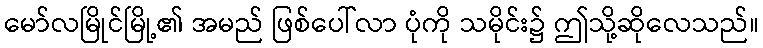
မော်လမြိုင်မြို့၏ အမည် ဖြစ်ပေါ်လာ ပုံကို သမိုင်း၌ ဤသို့ဆိုလေသည်။